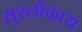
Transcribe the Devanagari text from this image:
सुश्लोकाय